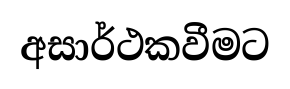
අසාර්ථකවීමට